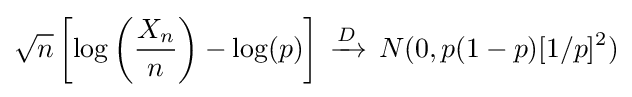
{{\sqrt {n}}\left[\log \left({\frac {X_{n}}{n}}\right)-\log(p)\right]\,\xrightarrow {D} \,N(0,p(1-p)[1/p]^{2})}